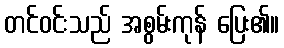
တင်ဝင်းသည် အစွမ်းကုန် ပြေး၏။